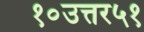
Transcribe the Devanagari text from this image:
१०उत्तर५१